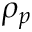
\rho _ { p }